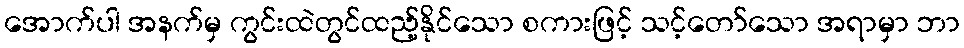
အောက်ပါ အနက်မှ ကွင်းထဲတွင်ထည့်နိုင်သော စကားဖြင့် သင့်တော်သော အရာမှာ ဘာ